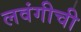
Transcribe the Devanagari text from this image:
लवंगीची